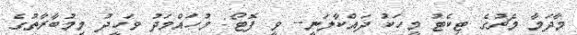
މާދަމާ މެޗުގެ ޓިކެޓު މީހަކު ދައްކާލަނީ-- ވީ ފޮޓޯ: މުހައްމަދު ވަހީދު މިމުބާރާތުގެ